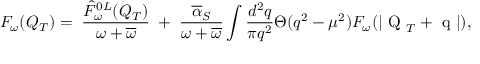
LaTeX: F _ { \omega } ( Q _ { T } ) = \; \frac { \hat { F } _ { \omega } ^ { 0 L } ( Q _ { T } ) } { \omega + \overline { { { \omega } } } } \; + \; \frac { \overline { { { \alpha } } } _ { S } } { \omega + \overline { { { \omega } } } } \int \frac { d ^ { 2 } q } { \pi q ^ { 2 } } \Theta ( q ^ { 2 } - \mu ^ { 2 } ) F _ { \omega } ( | \mathrm { \boldmath ~ Q ~ } _ { T } + \mathrm { \boldmath ~ q ~ } | ) ,